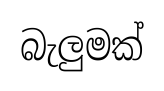
බැලුමක්